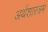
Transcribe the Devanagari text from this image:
अर्थशास्त्रम